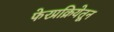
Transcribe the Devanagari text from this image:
फेरप्रक्रियेतून